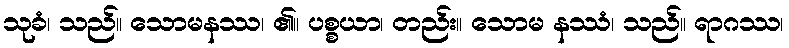
သုခံ၊ သည်။ သောမနဿ၊ ၏။ ပစ္စယာ၊ တည်း။ သောမ နဿံ၊ သည်။ ရာဂဿ၊